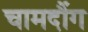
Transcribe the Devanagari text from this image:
चामदौंग